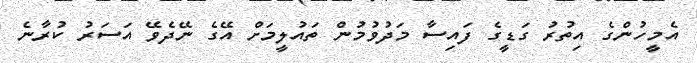
އެމީހުންގެ އިތުރު ގަޑީގެ ފައިސާ މަދުވުމުން ތައުލީމަށް އޭގެ ނޭދެވޭ އަސަރު ކުރާނެ